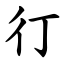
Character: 㣔